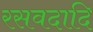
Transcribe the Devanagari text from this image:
रसवदादि